Civil Veterinary Dept. Assam report 1927-50 - 1927-1950
Year: 1927
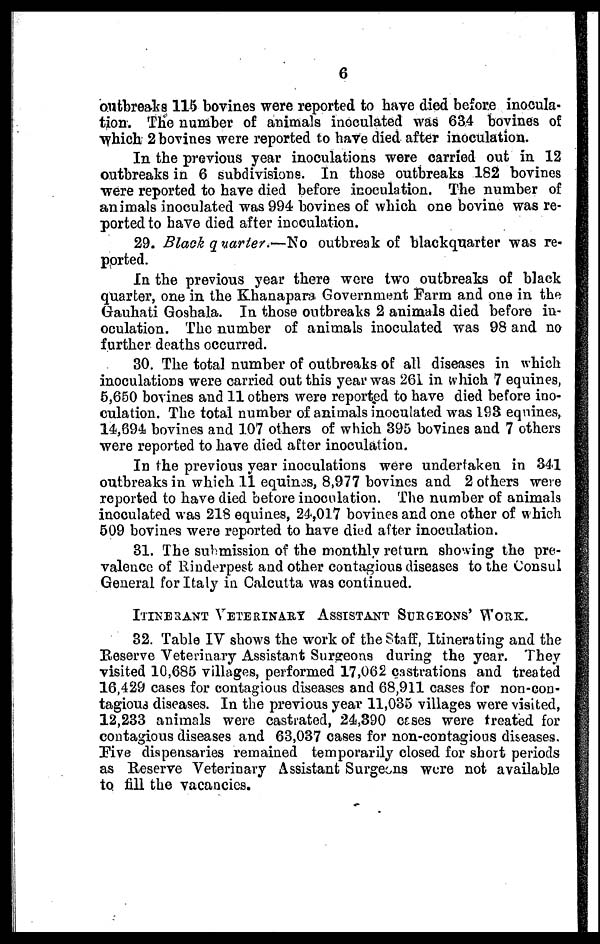
6
outbreaks 115 bovines were reported to have died before inocula-
tion. The number of animals inoculated was 634 bovines of
which 2 bovines were reported to have died after inoculation.
In the previous year inoculations were carried out in 12
outbreaks in 6 subdivisions. In those outbreaks 182 bovines
were reported to have died before inoculation. The number of
animals inoculated was 994 bovines of which one bovine was re-
ported to have died after inoculation.
29. Black quater.—No
outbreak of blackquarter was re-
ported.
In the previous year there were two outbreaks of black
quarter, one in the Khanapara Government Farm and one in the
Gauhati Goshala. In those outbreaks 2 animals died before in-
oculation. The number of animals inoculated was 98 and no
further deaths occurred.
30. The total number of outbreaks of all diseases in which
inoculations were carried out this year was 261 in which 7 equines,
5,650 bovines and 11 others were reported to have died before ino-
culation. The total number of animals inoculated was 193 eqnines,
14,694 bovines and 107 others of which 395 bovines and 7 others
were reported to have died after inoculation.
In the previous year inoculations were undertaken in 341
outbreaks in which 11 equinas, 8,977 bovines and 2 others were
reported to have died betore inoculation. The number of animals
inoculated was 218 equines, 24,017 bovines and one other of which
509 bovines were reported to have died after inoculation.
31. The submission of the monthly return showing the pre-
valence of Rinderpest and other contagious diseases to the Consul
General for Italy in Calcutta was continued.
ITINERANT VETERINARY ASSISTANT SURGEONS' WORK.
32. Table IV shows the work of the Staff, Itinerating and the
Reserve Veterinary Assistant Sursreons during the year. They
visited 10,685 villages, performed 17,062 castrations and treated
16,429 cases for contagious diseases and 68,911 cases for non-con-
tagious diseases. In the previous year 11,035 villages were visited,
12,233 animals were castrated, 24,390 cases were treated for
contagious diseases and 63,037 cases for non-contagious diseases.
Five dispensaries remained temporarily closed for short periods
as Reserve Veterinary Assistant Surgeons were not available
to fill the vacancies.